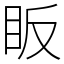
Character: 眅